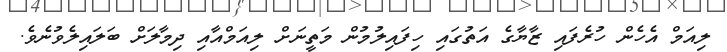
ލިއަމް އެހެން ހުރެފައި ޒާޔާގެ އަތުގައި ހިފައިލުމުން މަތީނަށް ލިއަމްއާއި ދިމާލަށް ބަލައިލެވުނެވެ.